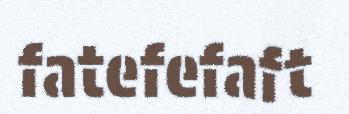
fatefefaft